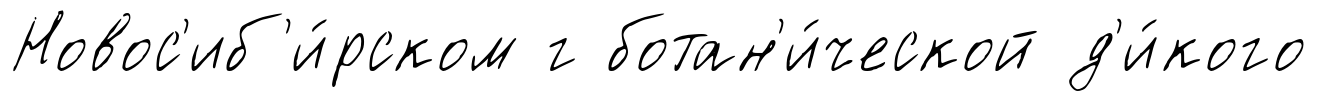
Новос'иб'и́рском г ботан'и́ческой д'и́кого